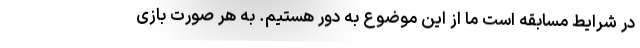
در شرایط مسابقه است ما از این موضوع به دور هستیم. به هر صورت بازی